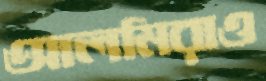
আলমিরাও